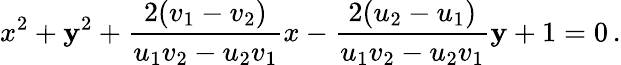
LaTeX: x^{2}+\mathbf{y}^{2}+{\frac{{2(v_{1}-v_{2})}}{{u_{1}v_{2}-u_{2}v_{1}}}}x-{\frac{{2(u_{2}-u_{1})}}{{u_{1}v_{2}-u_{2}v_{1}}}}\mathbf{y}+1=0\, .